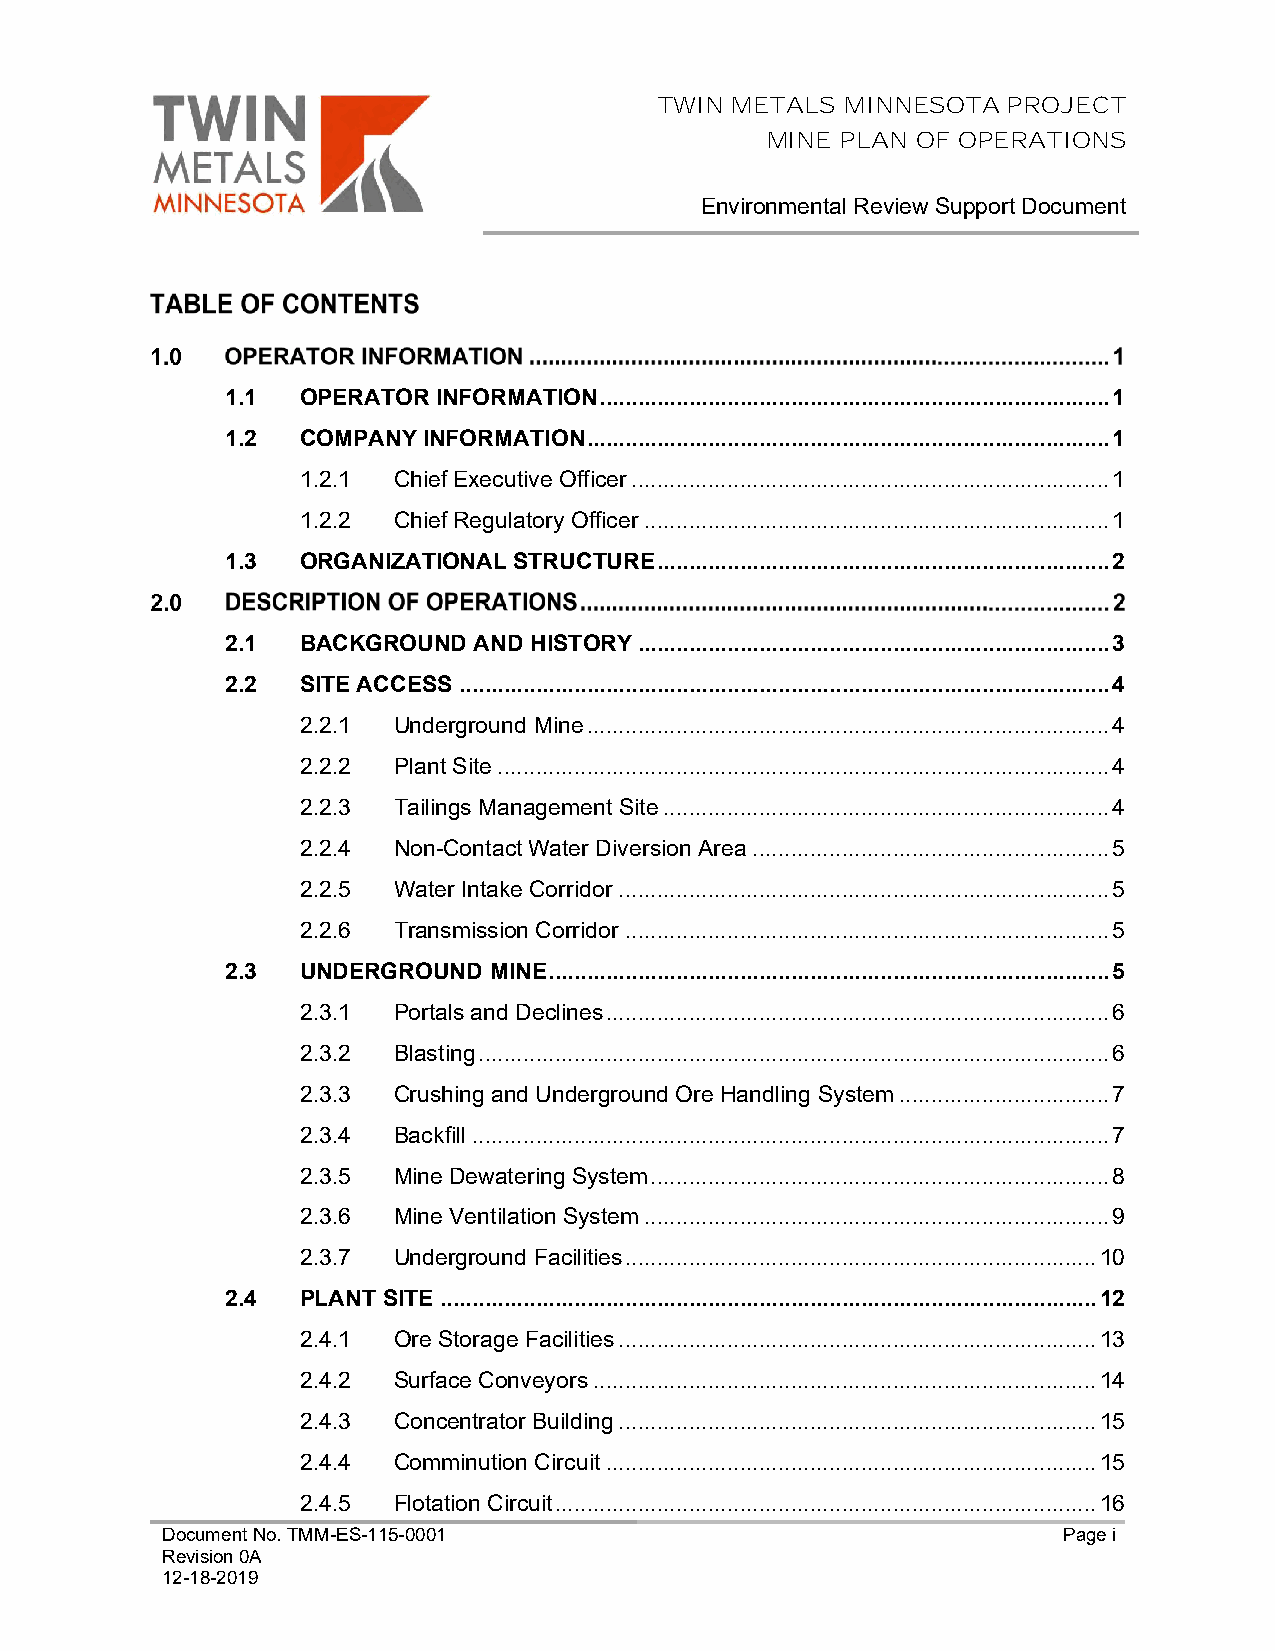
TWIN METALS MINNESOTA  PROJECT
 MINE PLAN OF OPERATIONS
 Environmental Review Support Document
 1.1  OPERATOR INFORMATION ................................................................................ 1
 1.2  COMPANY INFORMATION .................................................................................. 1
 1.2.1 Chief Executive Officer ........................................................................... 1
 1.2.2 Chief Regulatory Officer ......................................................................... 1
 1.3  ORGANIZATIONAL STRUCTURE ....................................................................... 2
 2.1  BACKGROUND AND HISTORY .......................................................................... 3
 2.2  SITE ACCESS ...................................................................................................... 4
 2.2.1 Underground Mine .................................................................................. 4
 2.2.2 Plant Site ................................................................................................ 4
 2.2.3 Tailings Management Site ...................................................................... 4
 2.2.4 Non-Contact Water Diversion Area ........................................................ 5
 2.2.5 Water Intake Corridor ............................................................................. 5
 2.2.6 Transmission Corridor ............................................................................ 5
 2.3  UNDERGROUND MINE ........................................................................................ 5
 2.3.1 Portals and Declines ............................................................................... 6
 2.3.2 Blasting ................................................................................................... 6
 2.3.3 Crushing and Underground Ore Handling System ................................. 7
 2.3.4 Backfill .................................................................................................... 7
 2.3.5 Mine Dewatering System ........................................................................ 8
 2.3.6 Mine Ventilation System ......................................................................... 9
 2.3.7 Underground Facilities .......................................................................... 10
 2.4  PLANT SITE ....................................................................................................... 12
 2.4.1 Ore Storage Facilities ........................................................................... 13
 2.4.2 Surface Conveyors ............................................................................... 14
 2.4.3 Concentrator Building ........................................................................... 15
 2.4.4 Comminution Circuit ............................................................................. 15
 2.4.5 Flotation Circuit ..................................................................................... 16
 Document No. TMM-ES-115-0001                               Page i
 Revision 0A
 12-18-2019